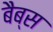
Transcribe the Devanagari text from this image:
बैब्स